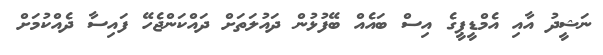
ނަޝީދު އާއި އެމްޑީޕީގެ އިސް ބައެއް ބޭފުޅުން ދައުލަތަށް ދައްކަންޖެހޭ ފައިސާ ދެއްކުމަށް